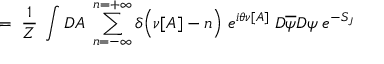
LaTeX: = \; \frac { 1 } { Z } \; \int { \cal D } A \; \sum _ { n = - \infty } ^ { n = + \infty } \delta \Big ( \nu [ A ] - n \Big ) \; e ^ { i \theta \nu [ A ] } \; { \cal D } \overline { { { \psi } } } { \cal D } \psi \; e ^ { - S _ { J } }